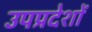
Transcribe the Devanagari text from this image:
उपप्रदेशों